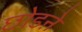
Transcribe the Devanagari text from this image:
छोडऩे